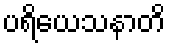
ပရိယေသနာတိ